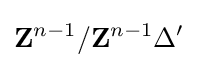
\mathbf {Z} ^{n-1}/\mathbf {Z} ^{n-1}\Delta '